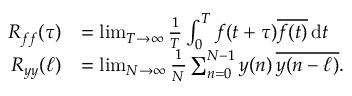
{ \begin{array} { r l } { R _ { f f } ( \tau ) } & { = \operatorname* { l i m } _ { T \rightarrow \infty } { \frac { 1 } { T } } \int _ { 0 } ^ { T } f ( t + \tau ) { \overline { { f ( t ) } } } \, \mathrm { { d } } t } \\ { R _ { y y } ( \ell ) } & { = \operatorname* { l i m } _ { N \rightarrow \infty } { \frac { 1 } { N } } \sum _ { n = 0 } ^ { N - 1 } y ( n ) \, { \overline { { y ( n - \ell ) } } } . } \end{array} }